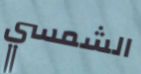
الشمسي